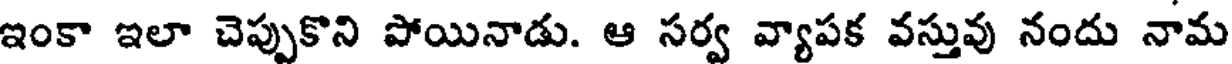
ఇంకా ఇలా చెప్పుకొని పోయినాడు. ఆ సర్వ వ్యాపక వస్తువు నందు నామ